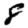
Digit: 8